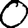
Digit: 0